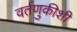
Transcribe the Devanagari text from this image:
वर्तणुकीशी